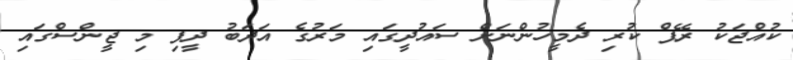
ކުއްޖަކު ރޭޕް ކުރި ދެމީހުންނަށް ސައުދީގައި މަރުގެ އަދަބު ދީފި މި ޖީންސްގައި